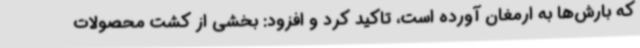
که بارش‌ها به ارمغان آورده است، تاکید کرد و افزود: بخشی از کشت محصولات